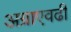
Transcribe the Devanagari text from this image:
अग्राएवढी